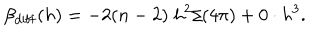
LaTeX: \beta _ { \mathrm { d i f f } } ( h ) = - 2 ( n - 2 ) ~ h ^ { 2 } / ( 4 \pi ) + 0 \cdot h ^ { 3 } .